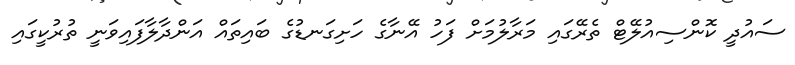
ސައުދީ ކޮންސިއުލޭޓް ތެރޭގައި މަރާލުމަށް ފަހު އޭނާގެ ހަށިގަނޑުގެ ބައިތައް އަންދާލާފައިވަނީ ތުރުކީގައި